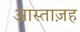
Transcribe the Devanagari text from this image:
आस्ताज़ह